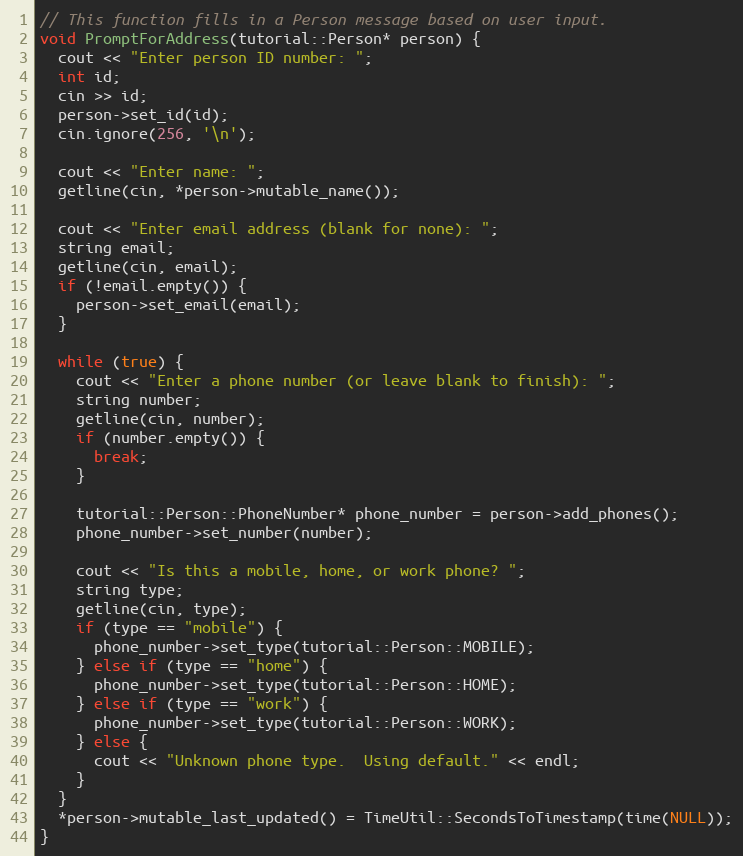
Language: C++
// This function fills in a Person message based on user input.
void PromptForAddress(tutorial::Person* person) {
  cout << "Enter person ID number: ";
  int id;
  cin >> id;
  person->set_id(id);
  cin.ignore(256, '\n');

  cout << "Enter name: ";
  getline(cin, *person->mutable_name());

  cout << "Enter email address (blank for none): ";
  string email;
  getline(cin, email);
  if (!email.empty()) {
    person->set_email(email);
  }

  while (true) {
    cout << "Enter a phone number (or leave blank to finish): ";
    string number;
    getline(cin, number);
    if (number.empty()) {
      break;
    }

    tutorial::Person::PhoneNumber* phone_number = person->add_phones();
    phone_number->set_number(number);

    cout << "Is this a mobile, home, or work phone? ";
    string type;
    getline(cin, type);
    if (type == "mobile") {
      phone_number->set_type(tutorial::Person::MOBILE);
    } else if (type == "home") {
      phone_number->set_type(tutorial::Person::HOME);
    } else if (type == "work") {
      phone_number->set_type(tutorial::Person::WORK);
    } else {
      cout << "Unknown phone type.  Using default." << endl;
    }
  }
  *person->mutable_last_updated() = TimeUtil::SecondsToTimestamp(time(NULL));
}